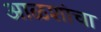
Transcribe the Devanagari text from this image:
आळशांचा